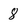
Character: 8